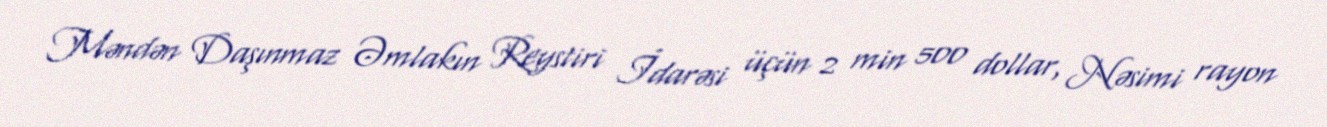
Məndən Daşınmaz Əmlakın Reystiri İdarəsi üçün 2 min 500 dollar, Nəsimi rayon